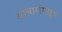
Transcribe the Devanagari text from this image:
आचारांगसूत्र